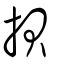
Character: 𢭲